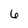
Character: 6